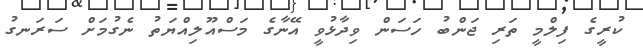
ކުރީގެ ފިލްމީ ތަރި ޖަންބު ހަސަން ވިދާޅުވީ އޭނާގެ މަސްއޫލިއްޔަތު ނެގުމަށް ސަރަނގު